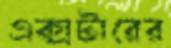
এক্সটারের